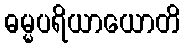
ဓမ္မပရိယာယောတိ